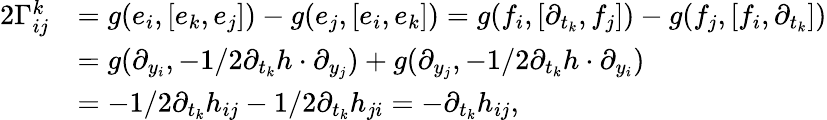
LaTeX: \begin{array}{rl}{2\Gamma_{ij}^{k}}&{=g(e_{i},[e_{k},e_{j}])-g(e_{j},[e_{i},e_{k}])=g(f_{i},[\partial_{t_{k}},f_{j}])-g(f_{j},[f_{i},\partial_{t_{k}}])}\\ &{=g(\partial_{y_{i}},-1/2\partial_{t_{k}}h\cdot\partial_{y_{j}})+g(\partial_{y_{j}},-1/2\partial_{t_{k}}h\cdot\partial_{y_{i}})}\\ &{=-1/2\partial_{t_{k}}h_{ij}-1/2\partial_{t_{k}}h_{ji}=-\partial_{t_{k}}h_{ij},}\end{array}